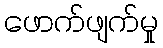
ဖောက်ဖျက်မှု